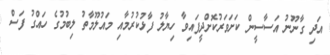
އަދި ގާނޫނު އަސާސީން ކަށަވަރުކޮށްދީފައިވާ ހިޔާލު ފާޅުކުރުމާއި މައުލޫމާތު ލިބުމުގެ ހައްގު ފަސް